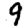
Digit: 9